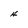
Character: H